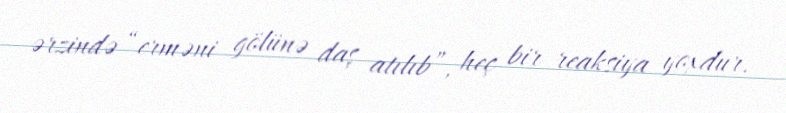
ərzində “erməni gölünə daş atılıb”, heç bir reaksiya yoxdur.